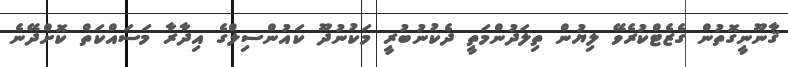
ޤާނޫނީގޮތުން ގެޒެޓްކުރެވޭ ލިޔުން ތިލަދުންމަތީ ދެކުނުބުރީ މަކުނުދޫ ކައުންސިލްގެ އިދާރާ މަސައްކަތް ކޮށްދޭނެ